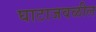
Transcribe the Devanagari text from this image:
घाटाजवळील